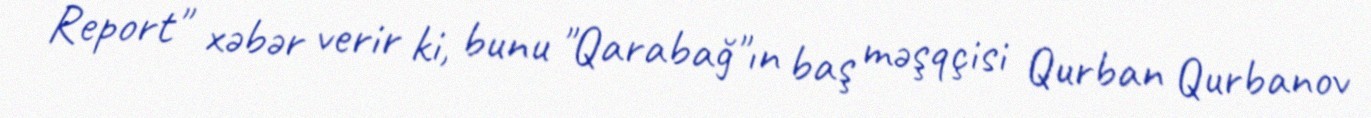
Report" xəbər verir ki, bunu "Qarabağ"ın baş məşqçisi Qurban Qurbanov